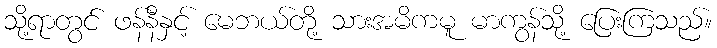
သို့ရာတွင် ဖန်နီနှင့် မေဘယ်တို့ သားအမိကမူ မာကွန်သို့ ပြေးကြသည်။